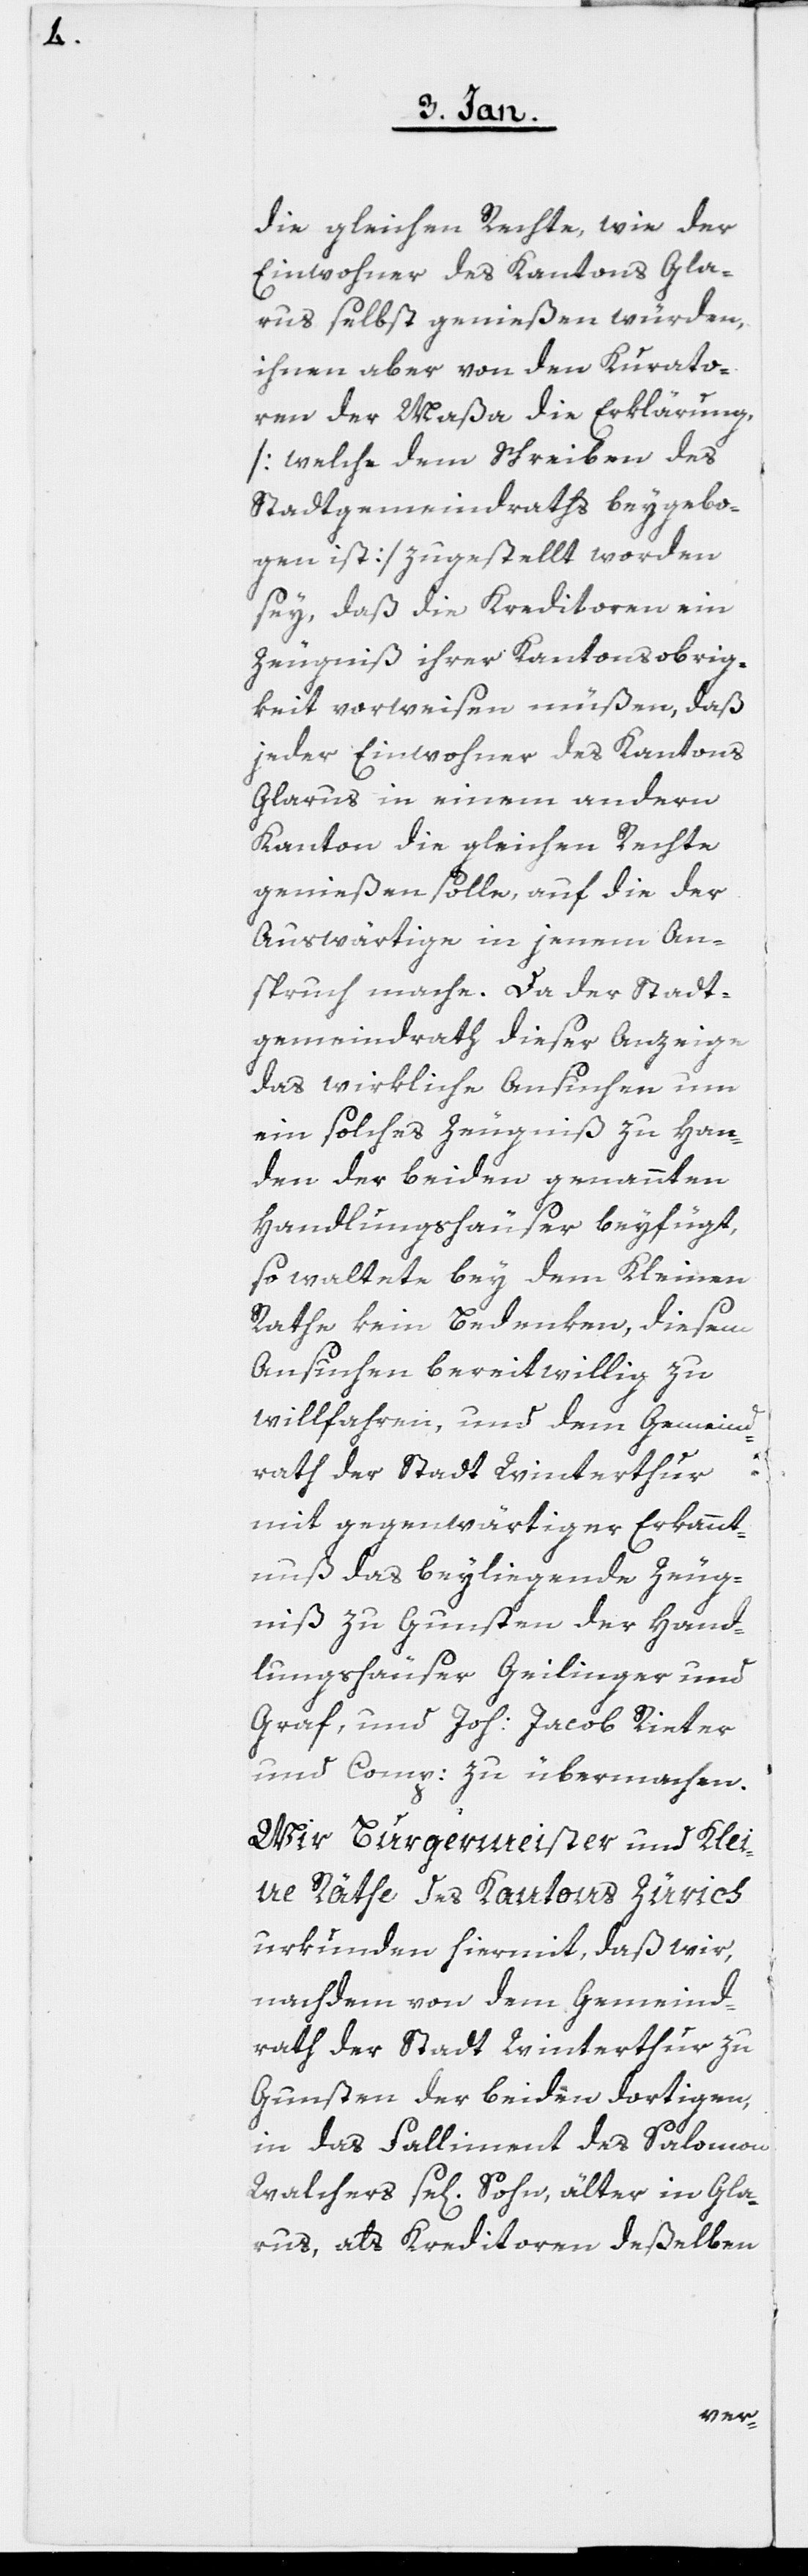
die gleichen Rechte, wie der
Einwohner des Kantons Gla¬
rus selbst genießen würden,
ihnen aber von den Kurato¬
ren der Maßa die Erklärung
[welche dem Schreiben des
Stadtgemeindraths beygebo¬
gen ist] zugestellt worden
sey, daß die Kreditoren ein
Zeugniß ihrer Kantonsobrig¬
keit vorweisen müßen, daß
jeder Einwohner des Kantons
Glarus in einem andern
Kanton die gleichen Rechte
genießen solle, auf die der
Auswärtige in jenem An¬
spruch mache. Da der Stadt¬
gemeindrath dieser Anzeige
das wirkliche Ansuchen um
ein solches Zeugniß zu Han¬
den der beiden genannten
Handlungshäuser beyfügt,
so waltete bey dem Kleinen
Rathe kein Bedenken, diesem
Ansuchen bereitwillig zu
willfahren, und dem Gemeind¬
rath der Stadt Winterthur
mit gegenwärtiger Erkannt¬
nuß das beyliegende Zeug¬
niß zu Gunsten der Hand¬
lungshäuser Geilinger und
Graf, und Joh: Jacob Rieter
und Comp: zu übermachen.
Wir Burgermeister und Klei¬
ne Räthe des Kantons Zürich
urkunden hiermit, daß wir,
nachdem von dem Gemeind¬
rath der Stadt Winterthur zu
Gunsten der beiden dortigen,
in das Falliment des Salomon
Walchers se[ligen] Sohn, älter in Gla¬
rus, als Kreditoren deßelben